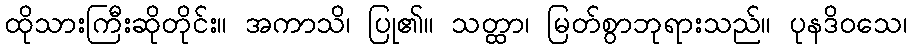
ထိုသားကြီးဆိုတိုင်း။ အကာသိ၊ ပြု၏။ သတ္ထာ၊ မြတ်စွာဘုရားသည်။ ပုနဒိဝသေ၊